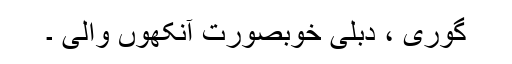
گوری ، دبلی خوبصورت آنکھوں والی ۔